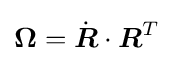
{\boldsymbol {\Omega }}={\dot {\boldsymbol {R}}}\cdot {\boldsymbol {R}}^{T}